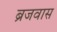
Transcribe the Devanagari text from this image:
ब्रजवास